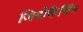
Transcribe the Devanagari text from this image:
जियोकैचिंग